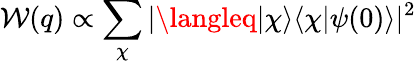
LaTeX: \mathcal{W}(q)\propto\sum_{\chi}|\langleq|\chi\rangle\langle\chi|\psi(0)\rangle|^{2}